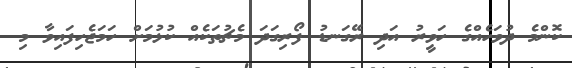
ކޮންމެ ދުވަހެއްގެ ހަވީރު އަދި ރޭގަނޑު ފޯރިގަދަ މެޗުތަކެއް ކުޅުމަށް ހަމަޖެހިފައިވާ މި